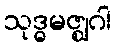
သုဒ္ဓမဇ္ဈဂါ